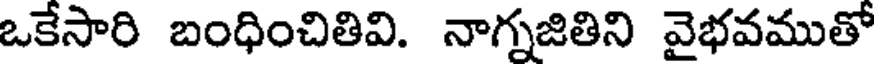
ఒకేసారి బంధించితివి. నాగ్నజితిని వైభవముతో